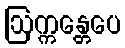
ဩက္ကန္တေပေ